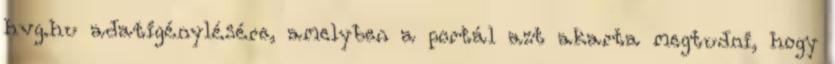
hvg.hu adatigénylésére, amelyben a portál azt akarta megtudni, hogy